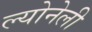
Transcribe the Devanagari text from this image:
ल्योनेली